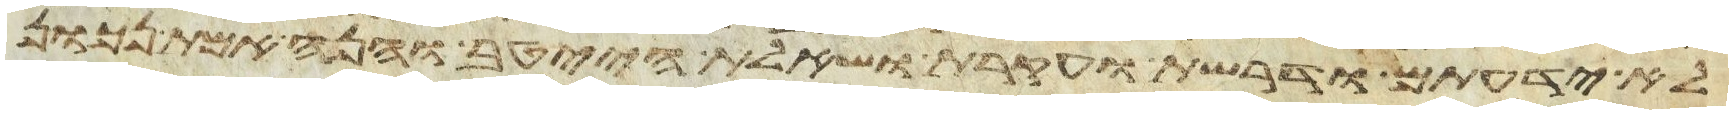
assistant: לא ידעתם ודרשת וחקרת ושאלת הייטב והנה אמת נכון